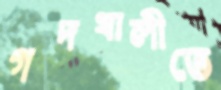
গদখালীতে